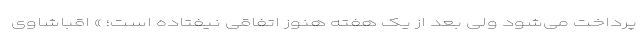
پرداخت می‌شود ولی بعد از یک هفته هنوز اتفاقی نیفتاده است؛ » اقباشاوی